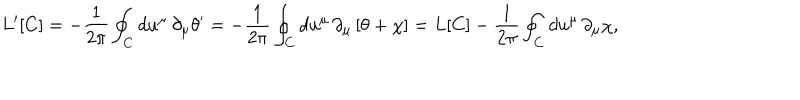
LaTeX: L ^ { \prime } [ C ] = - \frac { 1 } { 2 \pi } \oint _ { C } d u ^ { \mu } \, \partial _ { \mu } \theta ^ { \prime } = - \frac { 1 } { 2 \pi } \oint _ { C } d u ^ { \mu } \, \partial _ { \mu } \left[ \theta + \chi \right] = L [ C ] - \frac { 1 } { 2 \pi } \oint _ { C } d u ^ { \mu } \, \partial _ { \mu } \chi ,